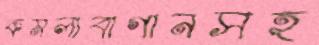
কমলাবাগানসহ